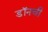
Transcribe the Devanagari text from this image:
डॉनची